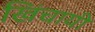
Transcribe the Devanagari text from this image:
खिंचायी